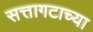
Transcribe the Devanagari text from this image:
सत्तागटाच्या